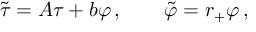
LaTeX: \tilde { \tau } = A \tau + b \varphi \, , \qquad \tilde { \varphi } = r _ { + } \varphi \, ,